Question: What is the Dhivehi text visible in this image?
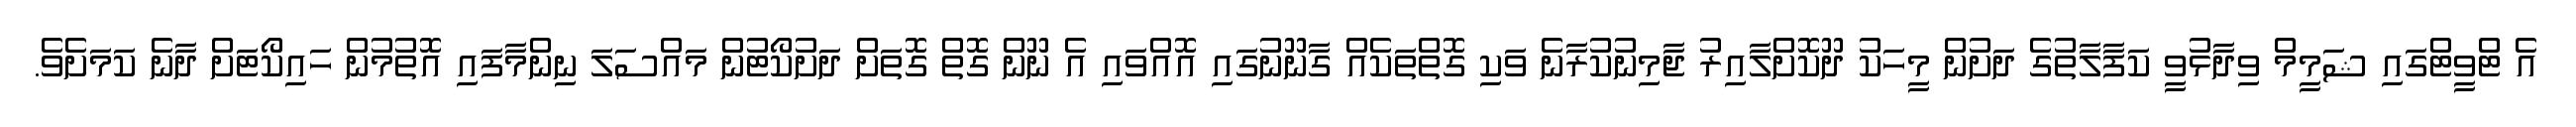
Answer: އެ ޓްވީޓްގައި ޝަމީމް ވިދާޅުވީ ކަފާލާތުގެ ދަށުން މީހަކު ދޫކޮށްލާއިރު ޖާމިނުކުރާނެ ވަކި ގޮތްތަކެއް ގާނޫނުގައި އޮއްވައި އެ ނޫން ގޮތް ގޮތަށް ދަށުކޯޓުން މައްސަލަ ނިންމާފައި އޮތުމުން ހައިކޯޓަށް ދާނެ ކަމަށެވެ.